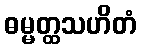
ဓမ္မတ္ထသဟိတံ